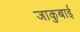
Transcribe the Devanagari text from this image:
जाकुबाई